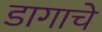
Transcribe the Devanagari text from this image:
डागाचे